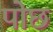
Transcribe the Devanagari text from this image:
पोछ